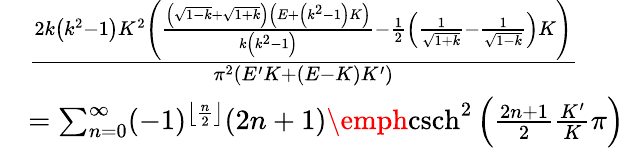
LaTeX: \begin{array}{rl}&{\frac{2k\left(k^{2}-1\right)K^{2}\left(\frac{\left(\sqrt{1-k}+\sqrt{1+k}\right)\left(E+\left(k^{2}-1\right)K\right)}{k\left(k^{2}-1\right)}-\frac{1}{2}\left(\frac{1}{\sqrt{1+k}}-\frac{1}{\sqrt{1-k}}\right)K\right)}{\pi^{2}(E^{\prime}K+(E-K)K^{\prime})}}\\ &{=\sum_{n=0}^{\infty}(-1)^{\left\lfloor\frac{n}{2}\right\rfloor}(2n+1)\mathrm{\emph{csch}}^{2}\left(\frac{2n+1}{2}\frac{K^{\prime}}{K}\pi\right)}\end{array}